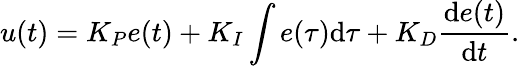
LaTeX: u(t)=K_{P}e(t)+K_{I}\int e(\tau){\mathrm{d}}\tau+K_{D}{\frac{{\mathrm{d}}e(t)}{{\mathrm{d}}t}}.